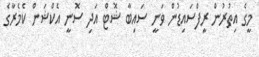
މީގެ އިތުރުން ރީފްސައިޑުން ވަނީ ސައިބާ ޝޮޓް އަދި ސޮނީ އެކްޝަން ކެމެރާގެ